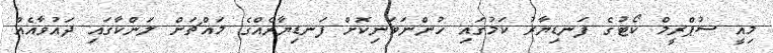
މިއީ ސުޕްރީމް ކޯޓުގެ ފަނޑިޔާރު ކަމުގައި ހުންނަވަނިކޮށް ފަނޑިޔާރެއްގެ މައްޗަށް ލަންކާގައި ދައުވާއެއް